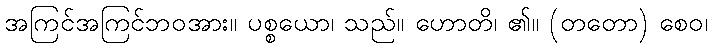
အကြင်အကြင်ဘဝအား။ ပစ္စယော၊ သည်။ ဟောတိ၊ ၏။ (တတော) စေဝ၊